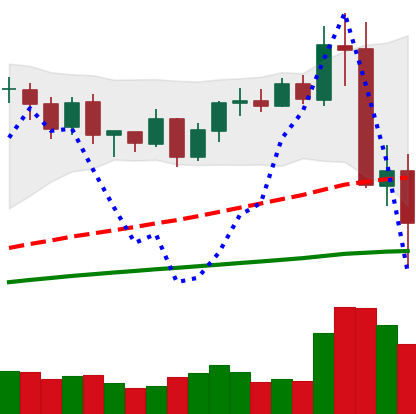
Ticker: BNB-USD
Chart end date: 2020-09-05
Forward return: 26.085%
Label: up_7plus